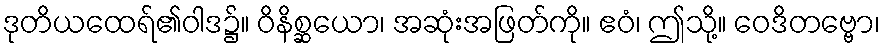
ဒုတိယထေရ်၏ဝါဒ၌။ ဝိနိစ္ဆယော၊ အဆုံးအဖြတ်ကို။ ဧဝံ၊ ဤသို့။ ဝေဒိတဗ္ဗော၊